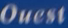
Quest